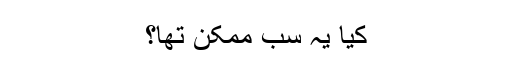
کیا یہ سب ممکن تھا؟